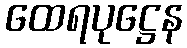
ထေရပုဋ္ဌေန